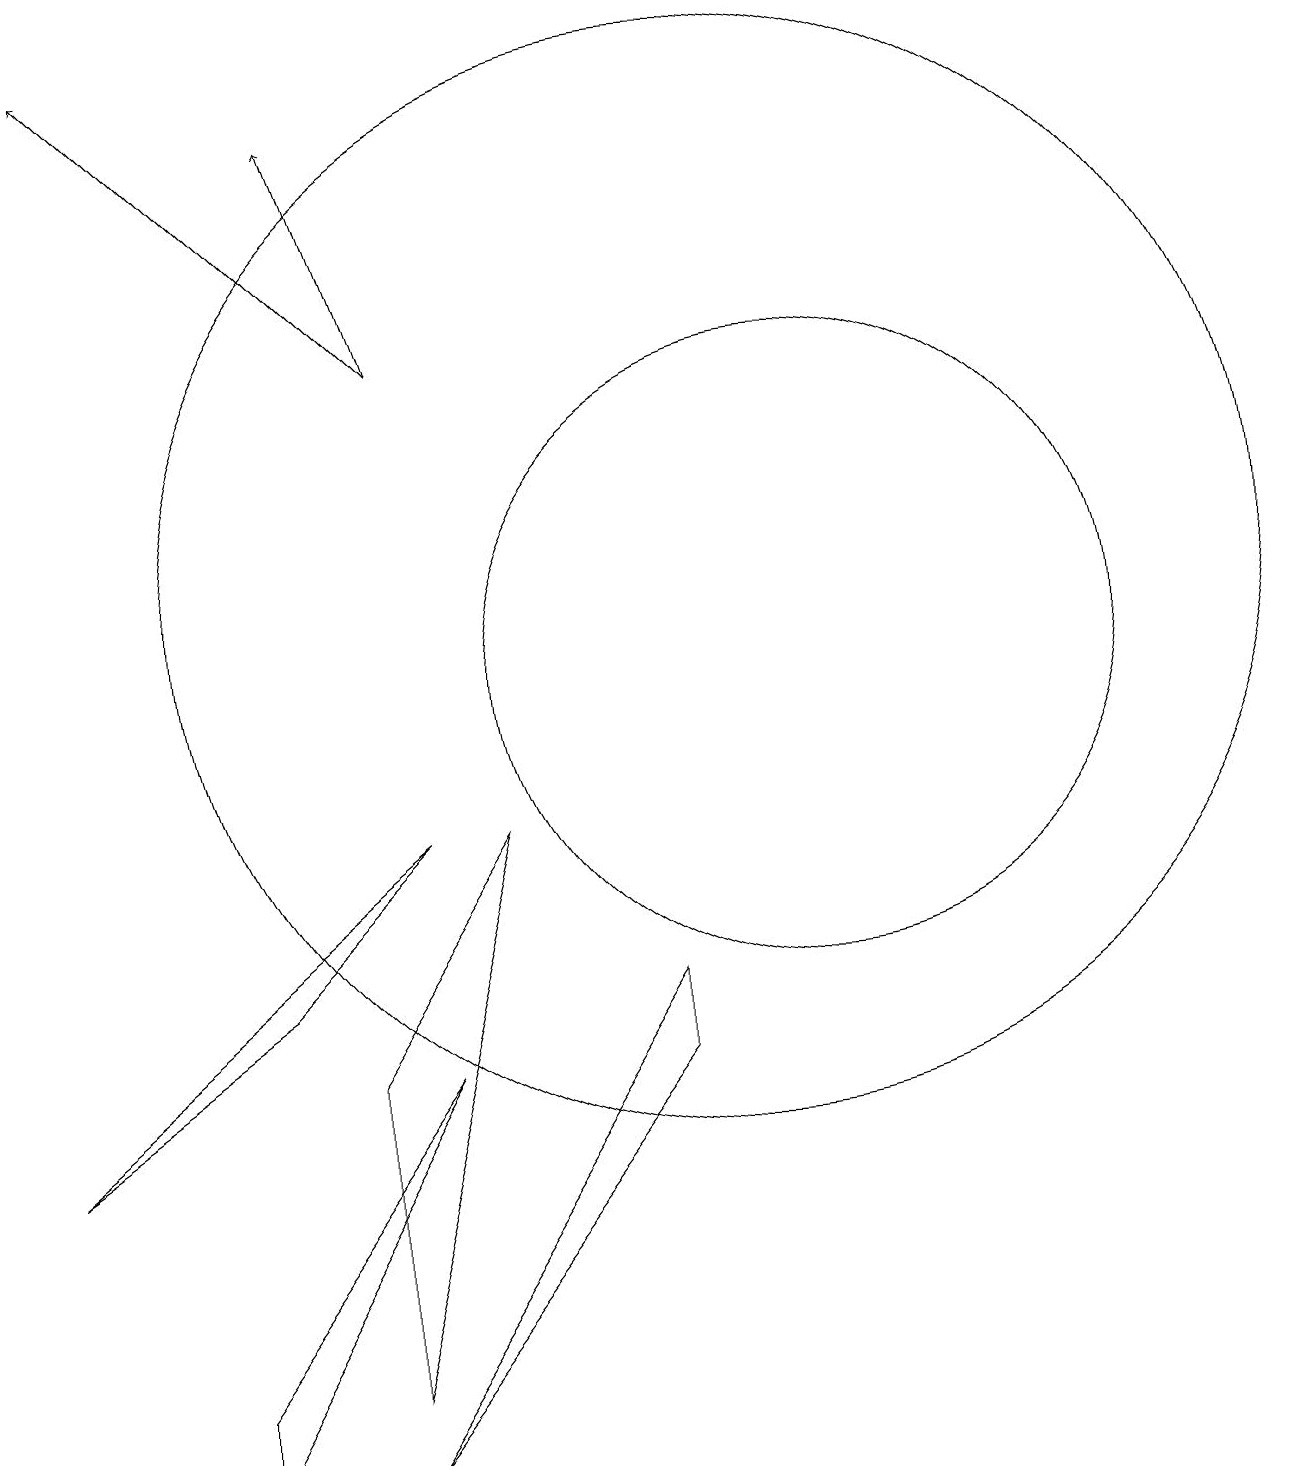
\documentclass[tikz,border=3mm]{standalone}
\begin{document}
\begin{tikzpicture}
\draw (5,2) -- (7,9) -- (5,6) -- cycle;
\draw (1,5) -- (4,7) -- (6,9) -- cycle;
\draw (3,2) -- (3,1) -- (6,6) -- cycle;
\draw[->] (6,15) -- (2,19);
\draw[->] (6,15) -- (5,18);
\draw (5,1) -- (9,6) -- (9,7) -- cycle;
\draw (11,11) circle (4);
\draw (10,12) circle (7);
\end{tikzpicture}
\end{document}